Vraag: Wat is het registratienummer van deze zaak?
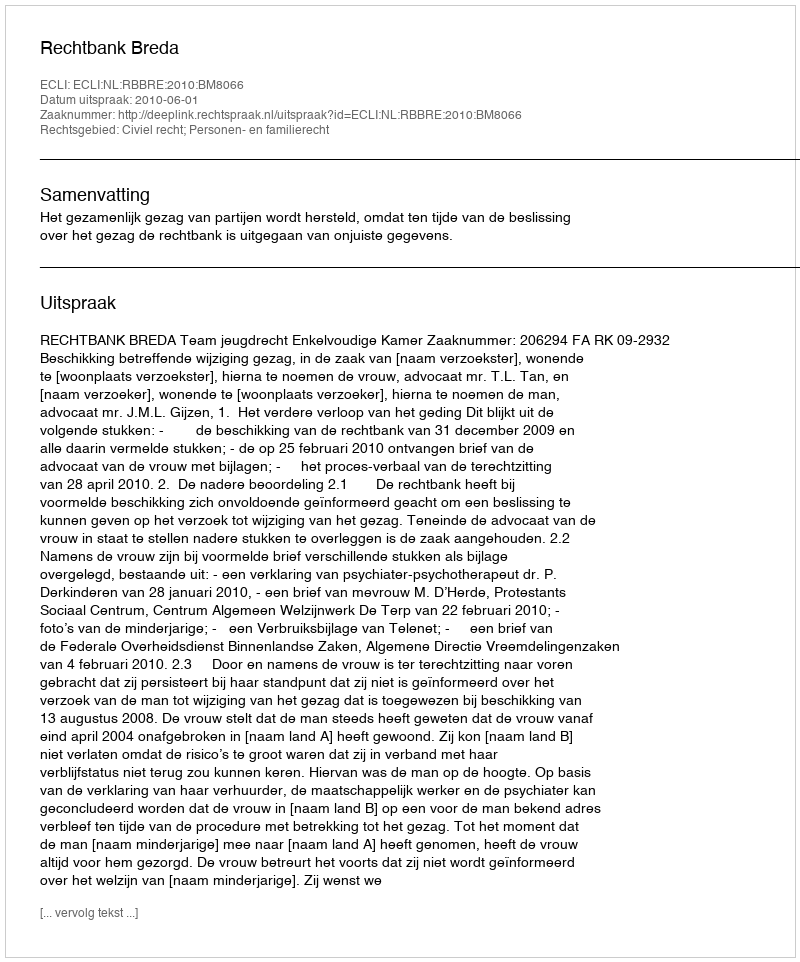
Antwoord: http://deeplink.rechtspraak.nl/uitspraak?id=ECLI:NL:RBBRE:2010:BM8066